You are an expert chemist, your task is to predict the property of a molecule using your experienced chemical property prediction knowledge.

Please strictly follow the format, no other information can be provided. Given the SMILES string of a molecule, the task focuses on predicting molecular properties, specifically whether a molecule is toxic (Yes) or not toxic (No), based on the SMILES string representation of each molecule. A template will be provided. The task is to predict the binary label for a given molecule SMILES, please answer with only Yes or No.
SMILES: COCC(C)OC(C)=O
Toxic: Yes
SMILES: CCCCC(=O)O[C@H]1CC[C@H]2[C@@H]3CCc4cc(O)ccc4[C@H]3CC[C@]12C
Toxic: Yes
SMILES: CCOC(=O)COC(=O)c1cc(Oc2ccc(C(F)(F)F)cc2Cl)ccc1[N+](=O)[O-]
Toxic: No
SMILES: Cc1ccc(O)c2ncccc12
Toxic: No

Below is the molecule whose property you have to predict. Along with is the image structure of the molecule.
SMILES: COc1cc2[nH]c(=O)[nH]c(=O)c2cc1OC
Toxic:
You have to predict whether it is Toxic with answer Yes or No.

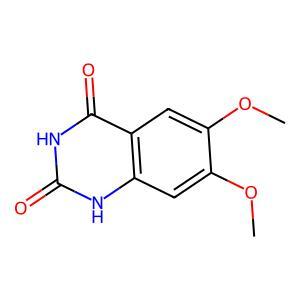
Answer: No